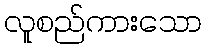
လူစည်ကားသော